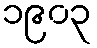
၁၉၀၃